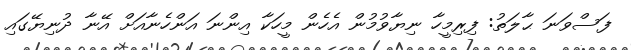
ފަސްވަނަ ޙާލަތު: ފިރިމީހާ ނިޔާވުމުން އެހެން މީހަކާ އިންނަ އަންހެނާއަށް އޭނާ ދުނިޔޭގައި